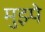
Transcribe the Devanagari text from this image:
मुझ्पे